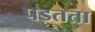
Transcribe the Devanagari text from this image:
पडतता